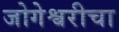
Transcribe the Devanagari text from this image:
जोगेश्वरीचा